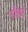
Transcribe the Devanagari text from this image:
मौखरे